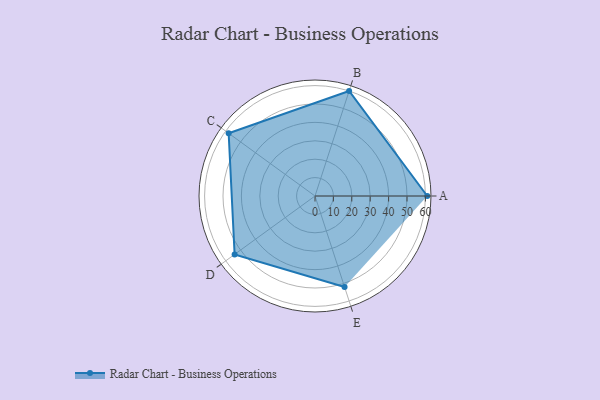
{"axis": {"x": "Skill", "y": "Score"}, "legend": ["Profile"], "data": [{"x": "A", "y": 61.0, "type": "Profile"}, {"x": "B", "y": 60.0, "type": "Profile"}, {"x": "C", "y": 58.0, "type": "Profile"}, {"x": "D", "y": 54.0, "type": "Profile"}, {"x": "E", "y": 52.0, "type": "Profile"}]}